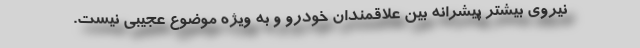
نیروی بیشتر پیشرانه بین علاقمندان خودرو و به ویژه موضوع عجیبی نیست.